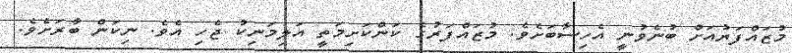
މުޒައްފަރުއަށް ބުނެވުނީ އެހިސާބަށެވެ. މުޒައްފަރުގެ ކަންކަށިމަތީ އަލިމަނިކު ޖެހި އެވެ. ނިކަން ބާރަށެވެ.